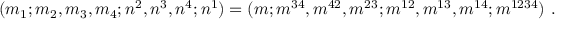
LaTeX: ( m _ { 1 } ; m _ { 2 } , m _ { 3 } , m _ { 4 } ; n ^ { 2 } , n ^ { 3 } , n ^ { 4 } ; n ^ { 1 } ) = ( m ; m ^ { 3 4 } , m ^ { 4 2 } , m ^ { 2 3 } ; m ^ { 1 2 } , m ^ { 1 3 } , m ^ { 1 4 } ; m ^ { 1 2 3 4 } ) \ .